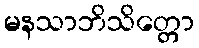
မနသာဘိသိတ္တော